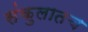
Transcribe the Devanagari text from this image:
संकुलातच